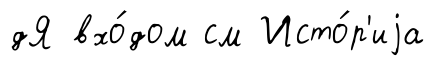
дЯ вхо́дом см Исто́р'иjа